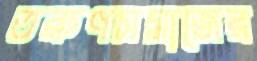
তরুণসমাজের